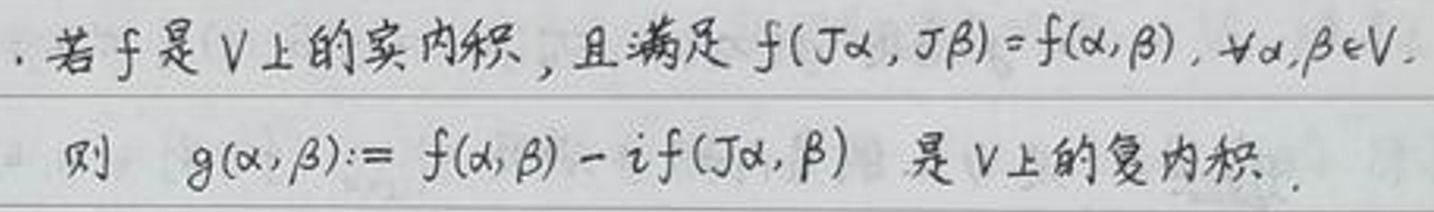
. 若 $f$ 是 $V$ 上的实内积，且满足 $f(J\alpha, J\beta)=f(\alpha,\beta), \forall\alpha,\beta\in V$.

则 $g(\alpha,\beta):=f(\alpha,\beta)-if(J\alpha,\beta)$ 是 $V$ 上的复内积.